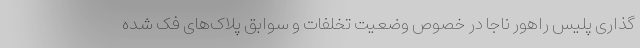
گذاری پلیس راهور ناجا در خصوص وضعیت تخلفات و سوابق پلاک‌های فک شده